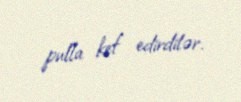
pulla kef edirdilər.